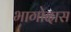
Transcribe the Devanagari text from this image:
भागोदास